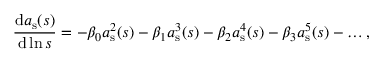
\frac { \mathrm { d } a _ { \mathrm { s } } ( s ) } { \mathrm { d } \ln s } = - \beta _ { 0 } a _ { \mathrm { s } } ^ { 2 } ( s ) - \beta _ { 1 } a _ { \mathrm { s } } ^ { 3 } ( s ) - \beta _ { 2 } a _ { \mathrm { s } } ^ { 4 } ( s ) - \beta _ { 3 } a _ { \mathrm { s } } ^ { 5 } ( s ) - \dots ,